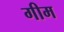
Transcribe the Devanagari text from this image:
गीम